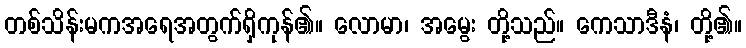
တစ်သိန်းမကအရေအတွက်ရှိကုန်၏။ လောမာ၊ အမွေး တို့သည်။ ကေသာဒီနံ၊ တို့၏။